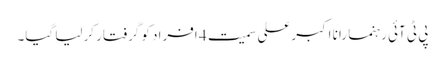
پی ٹی آئی رہنما رانا اکبرعلی سمیت 4 افراد کو گرفتار کرلیا گیا۔